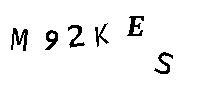
M92KES